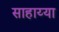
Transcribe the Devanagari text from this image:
साहाय्या